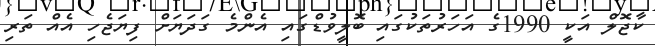
ކާޖޮލް އަކީ 1990ގެ އަހަރުތަކުގައި ބޮލީވުޑްގައި އެންމެ ގަދަޔަށް ފިޔަޖެހި އެއް ތަރި